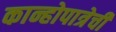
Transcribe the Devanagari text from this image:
कान्होपात्रेची